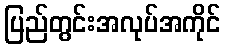
ပြည်တွင်းအလုပ်အကိုင်